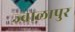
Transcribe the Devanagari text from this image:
ज्‍वालापुर